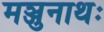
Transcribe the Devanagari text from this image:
मञ्जुनाथः